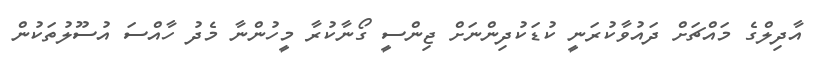
އާދިލްގެ މައްޗަށް ދައުވާކުރަނީ ކުޑަކުދިންނަށް ޖިންސީ ގޯނާކުރާ މީހުންނާ މެދު ހާއްސަ އުސޫލުތަކުން